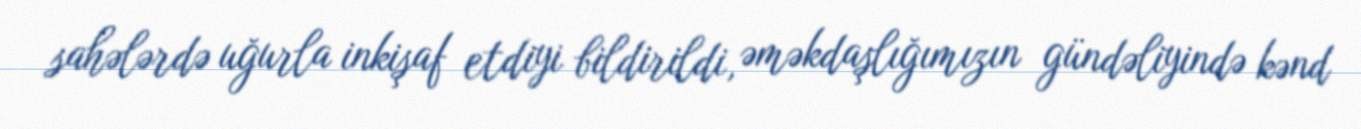
sahələrdə uğurla inkişaf etdiyi bildirildi, əməkdaşlığımızın gündəliyində kənd